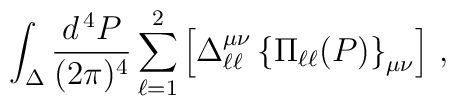
\int_\Delta \frac{d^{\, 4} P}{(2 \pi)^4} \sum_{\ell = 1}^2 \left[\Delta_{\ell \ell}^{\mu \nu} \left\{ \Pi_{\ell \ell} (P)\right\}_{\mu \nu} \right] \, ,